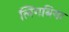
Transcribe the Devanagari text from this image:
लिंगबिया